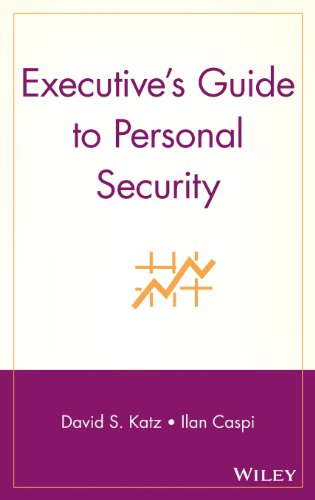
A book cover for Executive's Guide to Personal Security; David S. Katz; Travel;